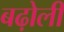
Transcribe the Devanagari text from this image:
बढ़ोली